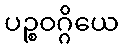
ပဉ္စဝဂ္ဂိယေ